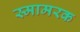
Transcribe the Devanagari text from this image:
स्मामरक